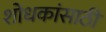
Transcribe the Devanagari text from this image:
शोधकांसाठी